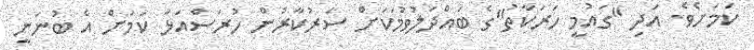
ކަމަށެވެ. އަދި "ގައުމީ ހަރަކާތު"ގެ ބައްދަލުވުމަކަށް ސަރުކާރުން ހުރަސްއަޅާ ކަމަށް އެ ބުނަނީ